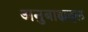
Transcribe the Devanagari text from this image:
अनुबाह्यदल